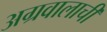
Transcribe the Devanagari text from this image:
अग्रवालाची